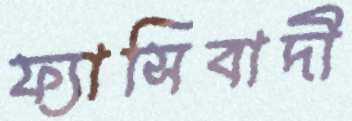
ফ্যাসিবাদী